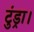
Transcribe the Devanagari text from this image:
टुंड्रा।